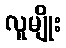
လူမျိုး